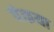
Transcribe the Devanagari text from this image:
पंकया